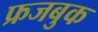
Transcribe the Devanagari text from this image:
फ्रजबुक